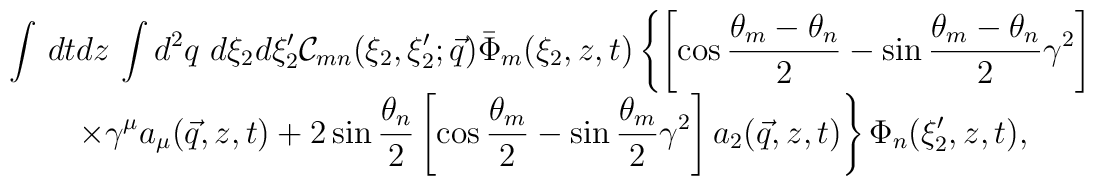
\begin{array}{c}{\displaystyle{\int\,dtdz\,\int d^{2}q\ d\xi_{2} d\xi^{\prime}_{2}{\mathcal{C}}_{mn}(\xi_{2},\xi_{2}';\vec{q})\bar{\Phi}_{m}(\xi_{2},z,t)\left\{ \left[\cos\frac{\theta_{m} -\theta_{n}}{2}-\sin\frac{\theta_{m}-\theta_{n}}{2} \gamma^{2}\right]\right. }}\\{\displaystyle{\left. \times\gamma^{\mu}a_{\mu}(\vec{q},z,t)+2\sin\frac{\theta_{n}}{2}\left [\cos\frac{\theta_{m}}{2}-\sin\frac{\theta_{m}}{2}\gamma^{2}\right]a_{2}(\vec{q},z,t)\right \}\Phi_{n}(\xi'_{2},z,t),}}\end{array}